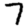
Digit: 7